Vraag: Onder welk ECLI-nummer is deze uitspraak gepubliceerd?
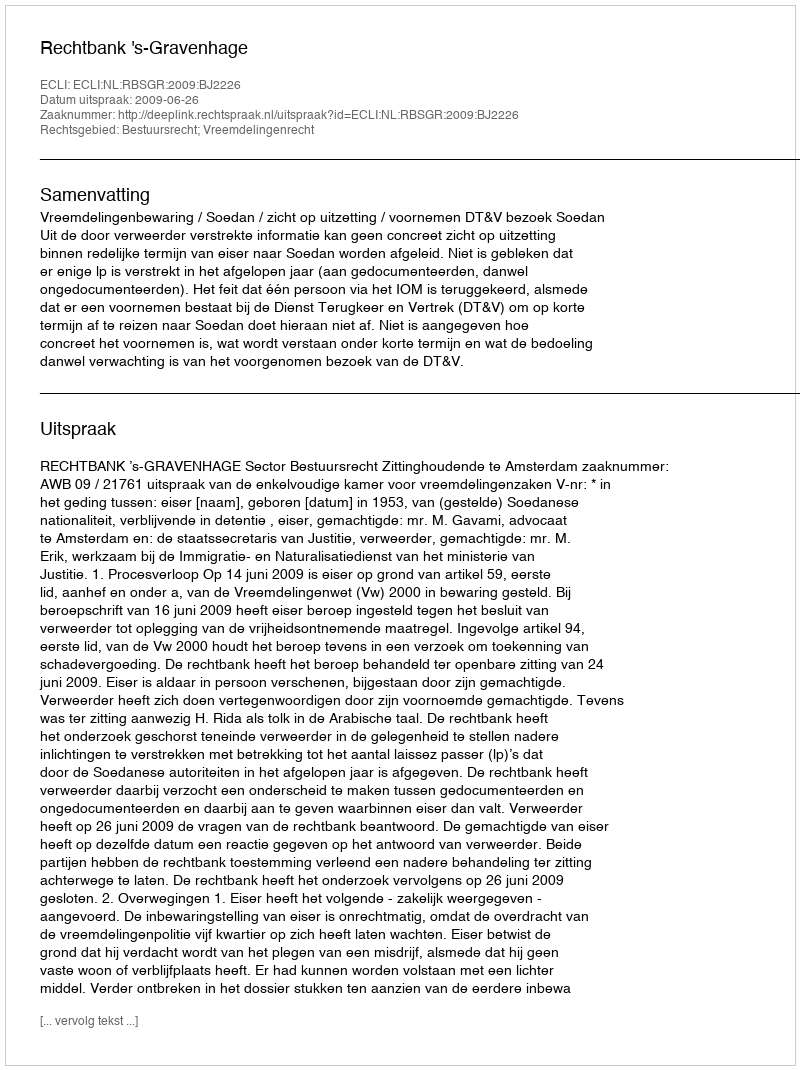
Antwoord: ECLI:NL:RBSGR:2009:BJ2226